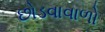
છોડવાવાળો